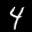
Label: 4